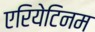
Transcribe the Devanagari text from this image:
एरियेटिनम